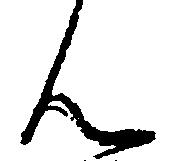
ん